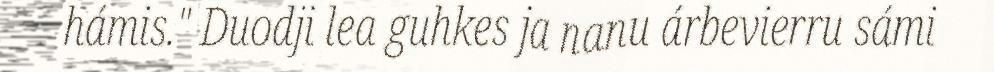
hámis." Duodji lea guhkes ja nanu árbevierru sámi